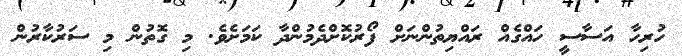
ހުރިހާ އަސާސީ ހައްގެއް ރައްޔިތުންނަށް ފޯރުކޮށްދެމުންދާ ކަމަށެވެ. މި ގޮތުން މި ސަރުކާރުން